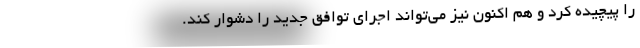
را پیچیده کرد و هم اکنون نیز می‌تواند اجرای توافق جدید را دشوار کند.